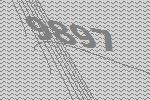
9897